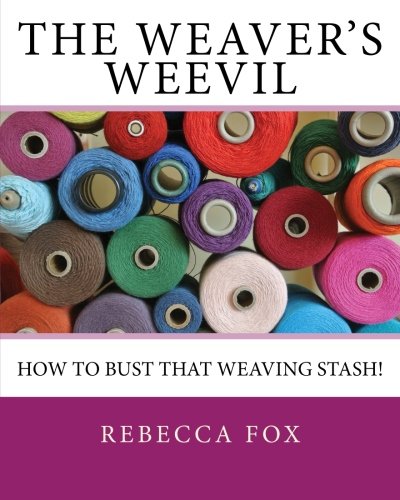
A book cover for The Weaver's Weevil; Rebecca Fox; Crafts, Hobbies & Home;